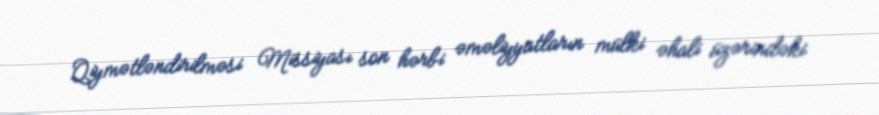
Qiymətləndirilməsi Missiyası son hərbi əməliyyatların mülki əhali üzərindəki